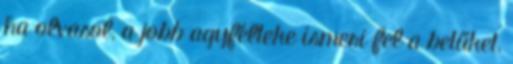
ha olvasol, a jobb agyfélteke ismeri fel a betűket,